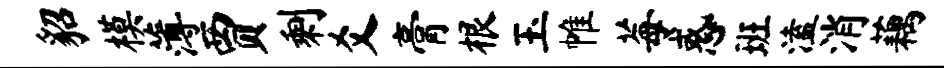
貂模薄贾剩爻膏根玉帷莓惑班溘消藕